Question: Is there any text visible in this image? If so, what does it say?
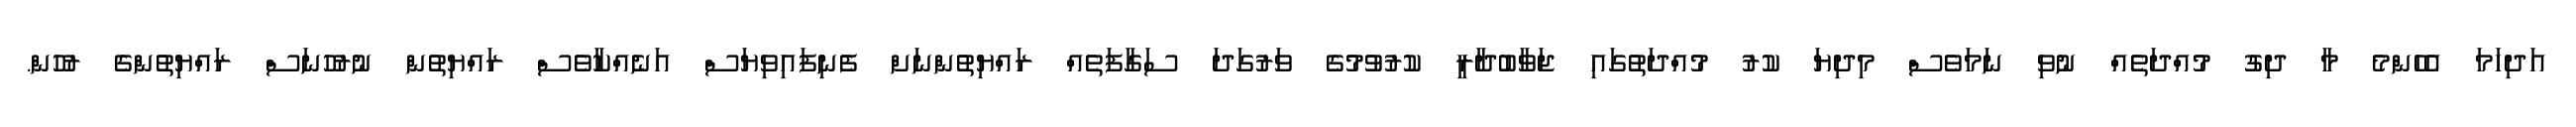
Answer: އަދިހަމަ އެހެންމެ މާ ދިގު މުއްދަތެއް ނުވި ނަމަވެސް މިދިޔަ ކުރު މުއްދަތުގައި ޖަވާބުދާރީ ކުރުވުމުގެ ވަރުގަދަ ސަގާފަތެއް ރައްޔިތުންނަށް ފެނިފައިވިޔަސް އަނެއްކާވެސް ރައްޔިތުން ނުރުހުނަސް ރައްޔިތުންގެ ރުހުން.